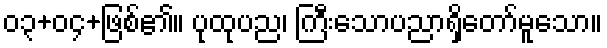
၀၃+၀၄+ဖြစ်၏။ ပုထုပည၊ ကြီးသောပညာရှိတော်မူသော။